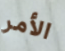
الأمر